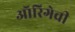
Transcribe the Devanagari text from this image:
ऑरिगेची